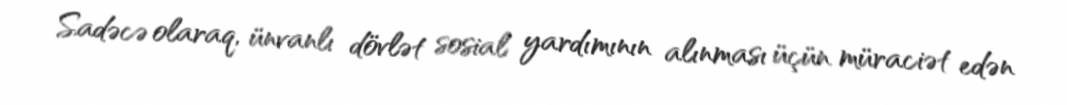
Sadəcə olaraq, ünvanlı dövlət sosial yardımının alınması üçün müraciət edən